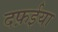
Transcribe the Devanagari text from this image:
दफ़ईया